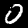
Label: 0